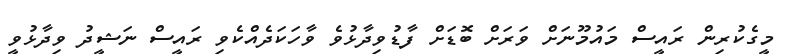
މީގެކުރިން ރައީސް މައުމޫނަށް ވަރަށް ބޮޑަށް ފާޑުވިދާޅުވެ ވާހަކަދެއްކެވި ރައީސް ނަޝީދު ވިދާޅުވީ